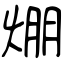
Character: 焩